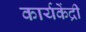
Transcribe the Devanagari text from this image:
कार्यकेंद्री